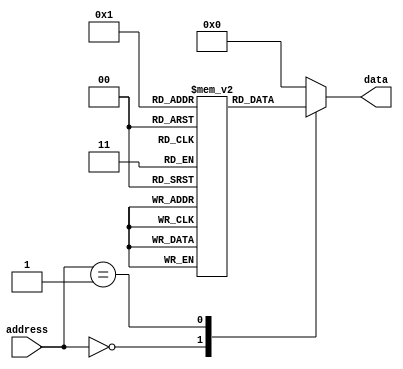
module ROM (
    input wire [7:0] address,
    output reg [7:0] data
);

reg [7:0] rom_data [0:255];

initial begin
    // Initialize ROM data
    rom_data[0] = 8'b00000000;
    rom_data[1] = 8'b00000001;
    // Add more initialization values as needed
end

always @(address) begin
    case(address)
        8'b00000000: data <= rom_data[0];
        8'b00000001: data <= rom_data[1];
        // Add more cases for additional memory blocks
        default: data <= 8'b00000000;
    endcase
end

endmodule